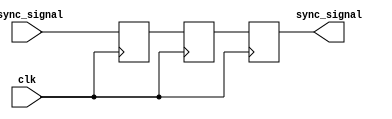
module dual_flip_flop_synchronizer (
    input wire async_signal,        // Asynchronous input signal
    input wire clk,                // Clock for the receiving clock domain
    output reg sync_signal          // Synchronized output signal
);

    // Internal registers for the flip-flops
    reg ff1, ff2;

    // First flip-flop
    always @(posedge clk) begin
        ff1 <= async_signal; // Sample the asynchronous signal
    end

    // Second flip-flop
    always @(posedge clk) begin
        ff2 <= ff1; // Sample the output of the first flip-flop
    end

    // Assign the final synchronized signal
    always @(posedge clk) begin
        sync_signal <= ff2; // Output the synchronized signal
    end

endmodule